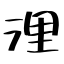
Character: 浬